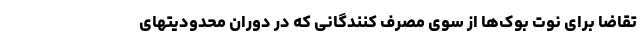
تقاضا برای نوت بوک‌ها از سوی مصرف کنندگانی که در دوران محدودیتهای